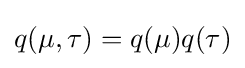
q(\mu ,\tau )=q(\mu )q(\tau )